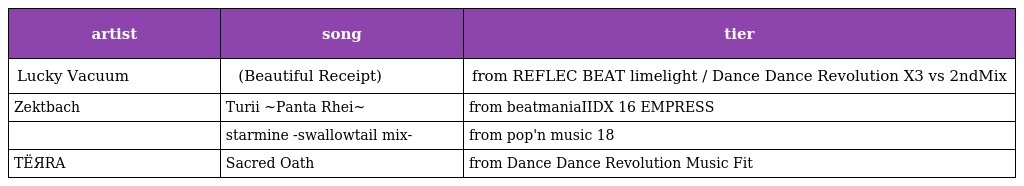
| artist | song | tier |
 | --- | --- | --- |
 | Lucky Vacuum | ビューティフル レシート (Beautiful Receipt) | from REFLEC BEAT limelight / Dance Dance Revolution X3 vs 2ndMix |
 | Zektbach | Turii ~Panta Rhei~ | from beatmaniaIIDX 16 EMPRESS |
 | ピンクターボ | starmine -swallowtail mix- | from pop'n music 18 せんごく列伝 |
 | TЁЯRA | Sacred Oath | from Dance Dance Revolution Music Fit |